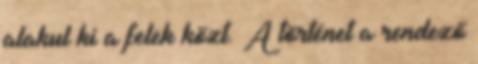
alakul ki a felek közt. A történet a rendező